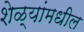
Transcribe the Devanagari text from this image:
शेळ्यांमधील